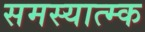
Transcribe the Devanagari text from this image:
समस्यात्म्क